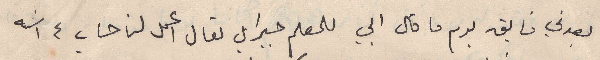
بعدني فايق يوم ما قال ابي للمعلم جبرايل تعال اعمل لنا حساب ١٤ سنة